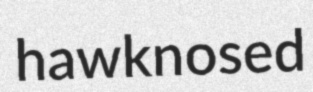
hawknosed